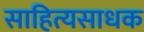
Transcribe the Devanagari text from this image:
साहित्यसाधक